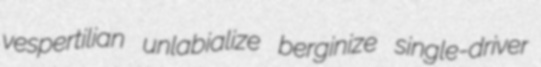
vespertilian unlabialize berginize single-driver